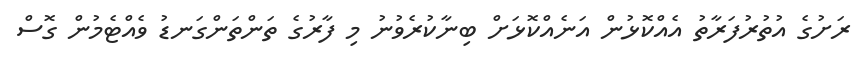
ރަށުގެ އުތުރުފަރާތު އެއްކޮޅުން އަނެއްކޮޅަށް ބިނާކުރެވުނު މި ފާރުގެ ތަންތަންގަނޑު ވެއްޓެމުން ގޮސް